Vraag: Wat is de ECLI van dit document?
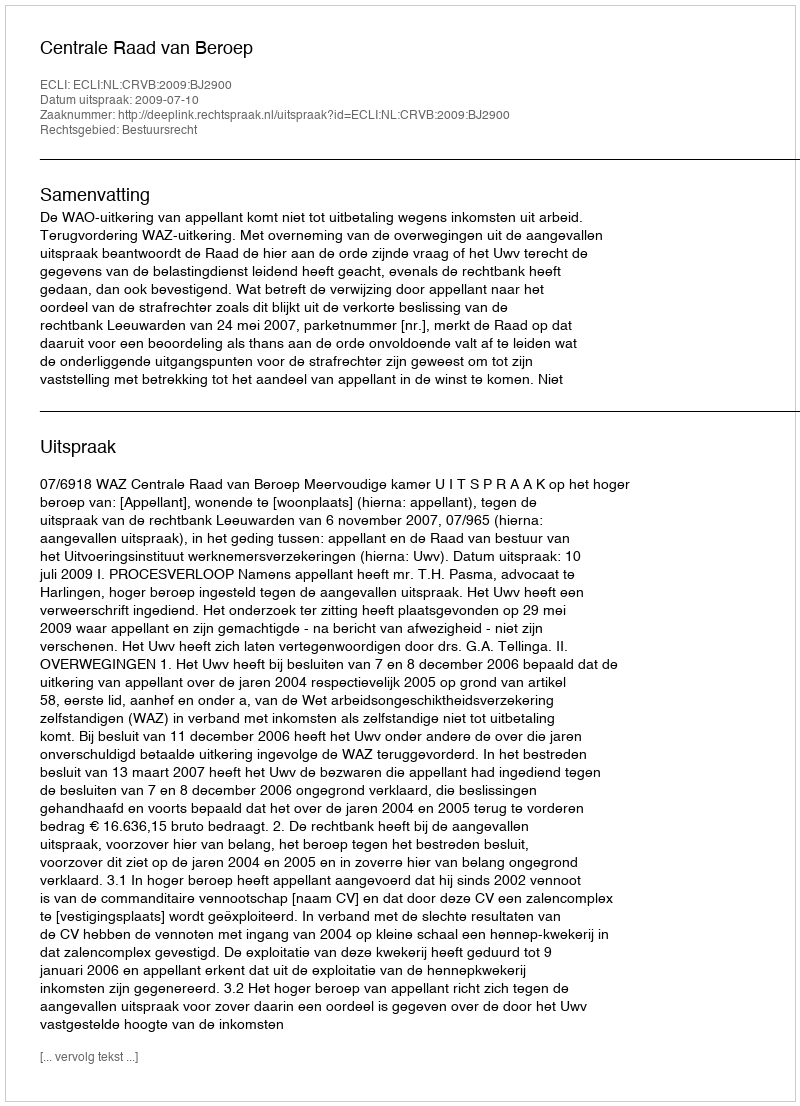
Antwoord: ECLI:NL:CRVB:2009:BJ2900